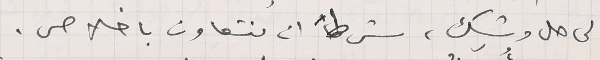
الى حل وشيك، شرطاً ان نتعاون باخلاص.